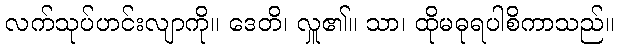
လက်သုပ်ဟင်းလျာကို။ ဒေတိ၊ လှူ၏။ သာ၊ ထိုမဓုရပါစိကာသည်။